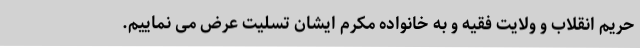
حریم انقلاب و ولایت فقیه و به خانواده مکرم ایشان تسلیت عرض می نماییم.